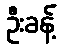
ဦးခန့်